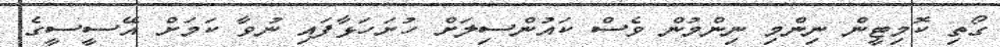
ގޯތި ކޮމިޓީން ނިންމި ނިންމުން ވެސް ކައުންސިލަށް ހުށަހަޅާފައި ނުވާ ކަމަށް އޭސީސީގެ